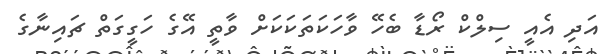
އަދި އެއީ ސިލްކް ރޯޑާ ބެހޭ ވާހަކަތަކަކަށް ވާތީ އޭގެ ހަގީގަތް ޗައިނާގެ